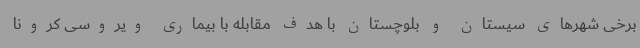
برخی شهرهای سیستان و بلوچستان با هدف مقابله با بیماری ویروسی کرونا